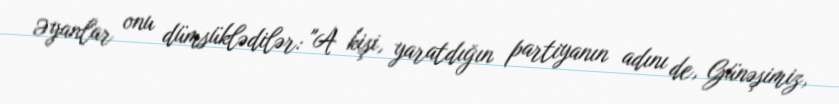
Əyanlar onu dümsüklədilər: "A kişi, yaratdığın partiyanın adını de, Günəşimiz,